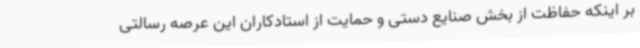
بر اینکه حفاظت از بخش صنایع دستی و حمایت از استادکاران این عرصه رسالتی